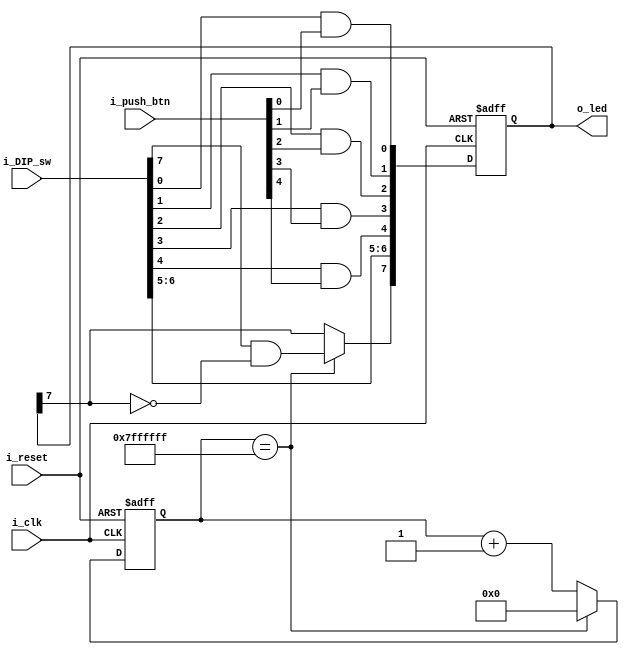
module status_led_control(
    input               i_clk,
    input               i_reset,
    input      [4:0]    i_push_btn,
    input      [7:0]    i_DIP_sw,
    output reg [7:0]    o_led
);
    reg [26:0] frequency_divider;
	always @(posedge i_clk, posedge i_reset) begin
		if (i_reset) begin
		    o_led[7:0]          <= 0;
            frequency_divider   <= 27'd0;
		end else begin
		    frequency_divider <= frequency_divider + 1;
		    
			if (frequency_divider == {27{1'b1}}) begin	// Blink once in ~1 seconds
				o_led[7]            <= i_DIP_sw[7] && ~o_led[7];
				frequency_divider   <= 27'd0;
			end
			
			o_led[0] <= i_DIP_sw[0] && i_push_btn[0];
            o_led[1] <= i_DIP_sw[1] && i_push_btn[1];
            o_led[2] <= i_DIP_sw[2] && i_push_btn[2];
            o_led[3] <= i_DIP_sw[3] && i_push_btn[3];
            o_led[4] <= i_DIP_sw[4] && i_push_btn[4];
            o_led[5] <= i_DIP_sw[5];
            o_led[6] <= i_DIP_sw[6];
		end
	end
endmodule